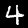
Digit: 4